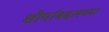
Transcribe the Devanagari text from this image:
शौर्याबद्दलच्या